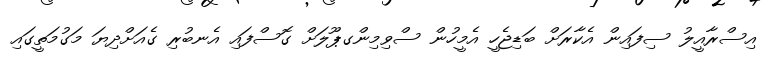
އިސްރާއީލު ސިފައިން އެކާރަށް ބަޑިޖެހީ އެމީހުން ސްވިމިންގޕޫލަށް ގޮސްފައި އެނބުރި ގެއަށްދިޔަ މަގުމަތީގައި